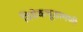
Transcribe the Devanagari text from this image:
विवेकचूडामणी